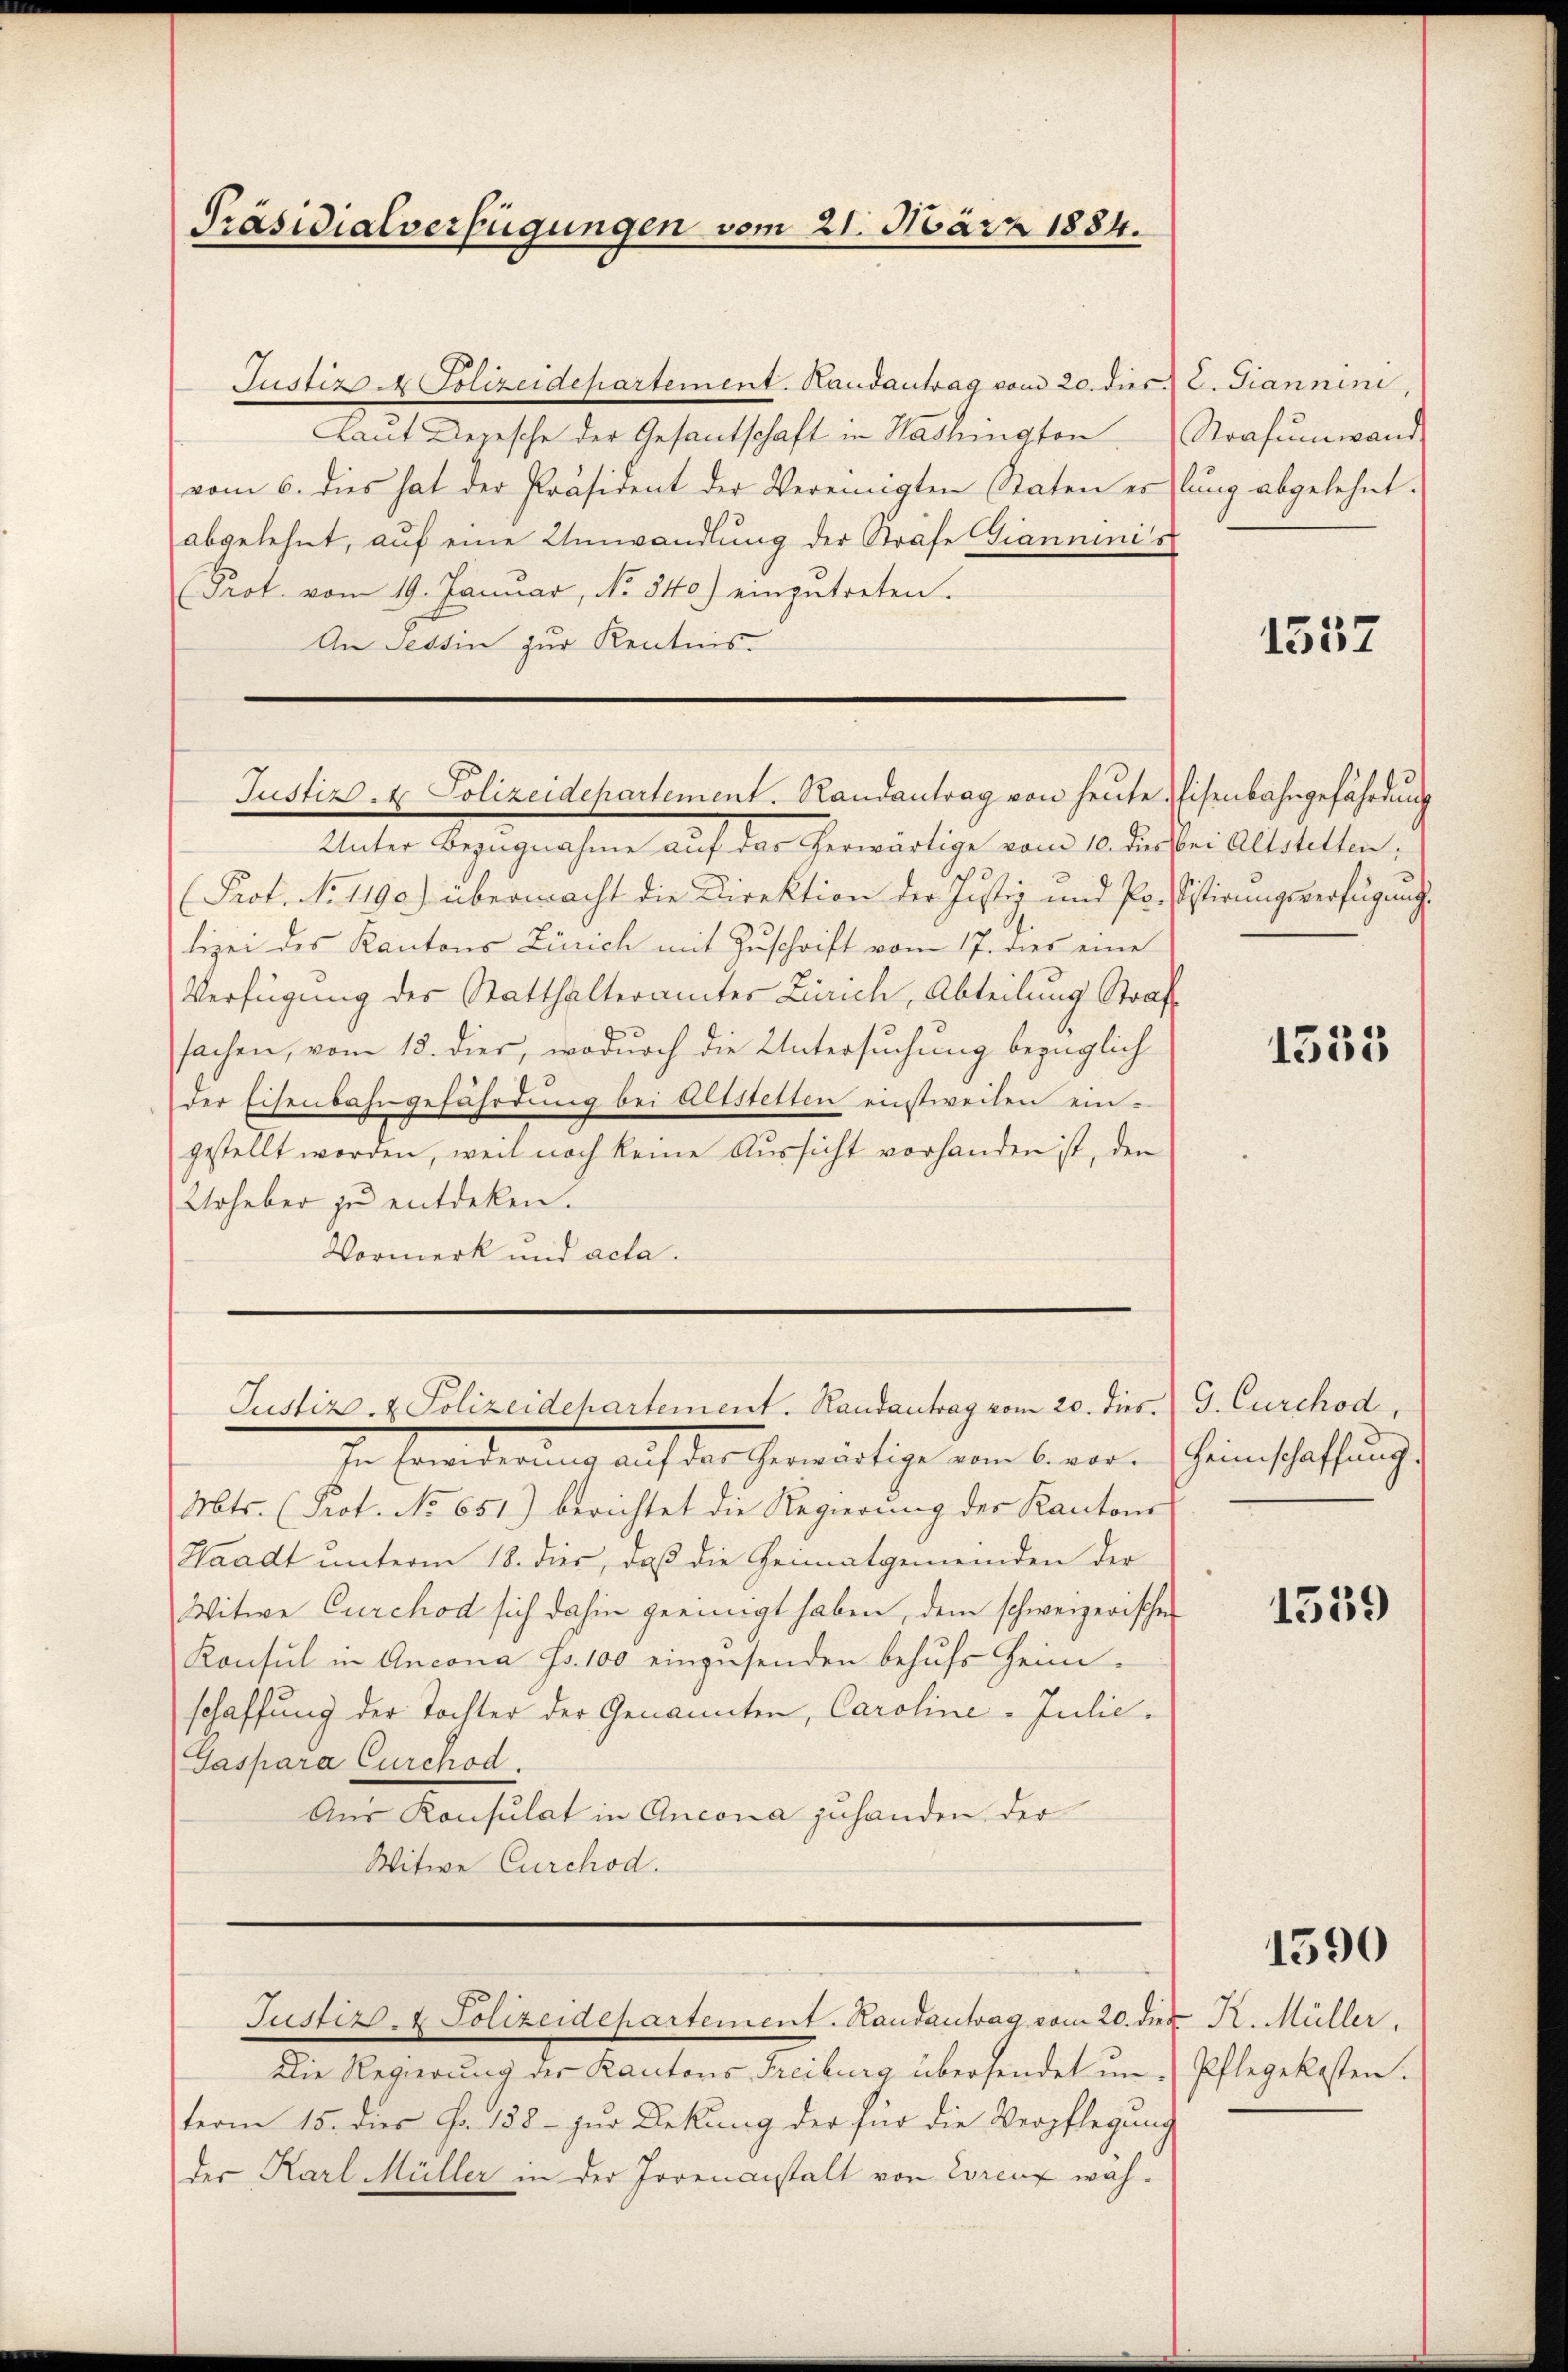
Präsidialverfügungen vom 21. März 1884.

Justiz - Polizeidepartement. Randantrag vom 20. dies C. Giannini,
Laut Depesche der Gesantschaft in Washington Strafumwand
vom 6. dies hat der Präsident der Vereinigten Staten es lang abgelehnt.
abgelehnt, auf eine Umwandlung der Strafe Giannenis
Prot. vom 19. Januar, No. 340.) einzŭtreten.
An Tessin zur Kentnis.

Justiz- & Polizeidechartement. Randantrag von heute Eisenbahngefährdung

Unter Bezugnahme auf das herwärtige vom 10. dies bei Altstetten,
Prot. No. 1190) übermacht die Direktion der Justiz- und Pr. Sistirungsverfügung
lizei des Kantons Zürich mit Zuschrift vom 17. dies eine
Verfügung des Statthalterämter Zürich, Abteilung Straf
sachen, vom 18. dies, wodurch die Untersuchung bezüglich
der Eisenbahngefährdung bei Altstetten einstweilen ein-
gestellt worden, weil noch keine Aussicht vorhanden ist, den
Urheber zu entdeken.
Vormerk und acta.

Justiz- & Polizeidepartement. Randantrag vom 20. dies. G. Curchod,

term 15. dies Fr. 188 - zur Dekung der für die Verpflegung
der Karl Müller in der Irrenanstalt von Lorenz wah¬

Justiz- & Polizeidepartement. Handantrag vom 20. dies K. Müller,

Mts. (Prot. No 651) berichtet die Regierung der Kantone
Waadt unterm 18. dies, daß die Heimatgemeinden der
Witwe Curchod sich dahin geeinigt haben, dem schweizerischer
Konsul in Ancona Fr. 100 einzusenden behufs Heim-
schaffung der Tochter der Genannten, Caroline Julic¬
Gaspara Curchod.
Aer Konsulat in Ancona zu handen der
Witwe Curchod.

In beworderung auf das herwärtige vom bewere Scheinschaffung

Die Regierung der Kantons Freiburg übersendet ŭn-Pflegekosten.

1557

1533

1539

1590